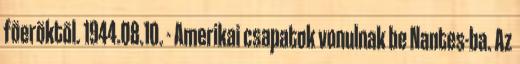
fõerõktõl. 1944.08.10. - Amerikai csapatok vonulnak be Nantes-ba. Az